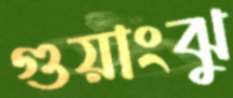
গুয়াংঝু